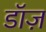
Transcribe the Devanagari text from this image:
डॉज़